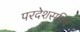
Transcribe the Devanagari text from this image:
परदेशसचिव